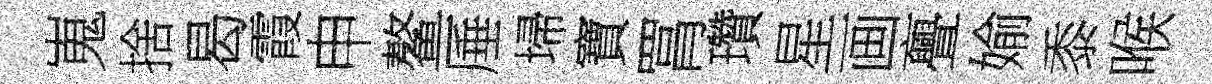
嵬捨曷霞申鳌厜埽寶罥瓚星画亹媮黍喉